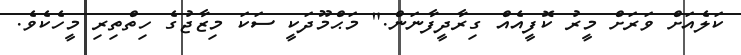
ކަލެއަށް ވަރަށް މީރު ކޮފީއެއް ގިރާދީފާނަން." މަޙްމޫދަކީ ސަކަ މިޒާޖުގެ ހިތްތިރި މީހެކެވެ.